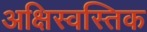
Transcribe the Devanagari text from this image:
अक्षिस्वस्तिक